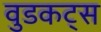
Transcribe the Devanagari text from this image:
वुडकट्स